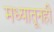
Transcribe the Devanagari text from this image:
मध्यातूनही